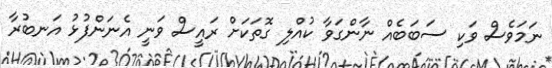
ނަމަވެސް ވަކި ސަބަބެއް ނާންގަވާ ކުއްލި ގޮތަކަށް ރައީސް ވަނީ އެނަންފުޅު އަނބުރާ